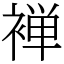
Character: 褝